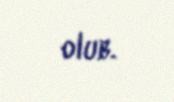
olub.